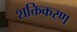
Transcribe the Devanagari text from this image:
शक्तिकरण